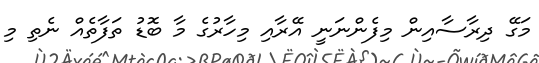
މަގޭ ދިރާސާއިން މިފެންނަނީ އޭރާއި މިހާރުގެ މާ ބޮޑު ތަފާތެއް ނެތި މި